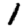
Digit: 1